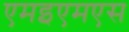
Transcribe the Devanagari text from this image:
एमइएमएस